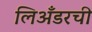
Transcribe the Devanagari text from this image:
लिअँडरची